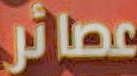
عصائر